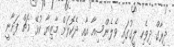
ދިރާގް ދިވެހި ލީގުގައި ވެލެންސިއާ އާއި ދެކޮޅަށް މާޒިޔާ ކުޅޭ މެޗް ފަށާނީ